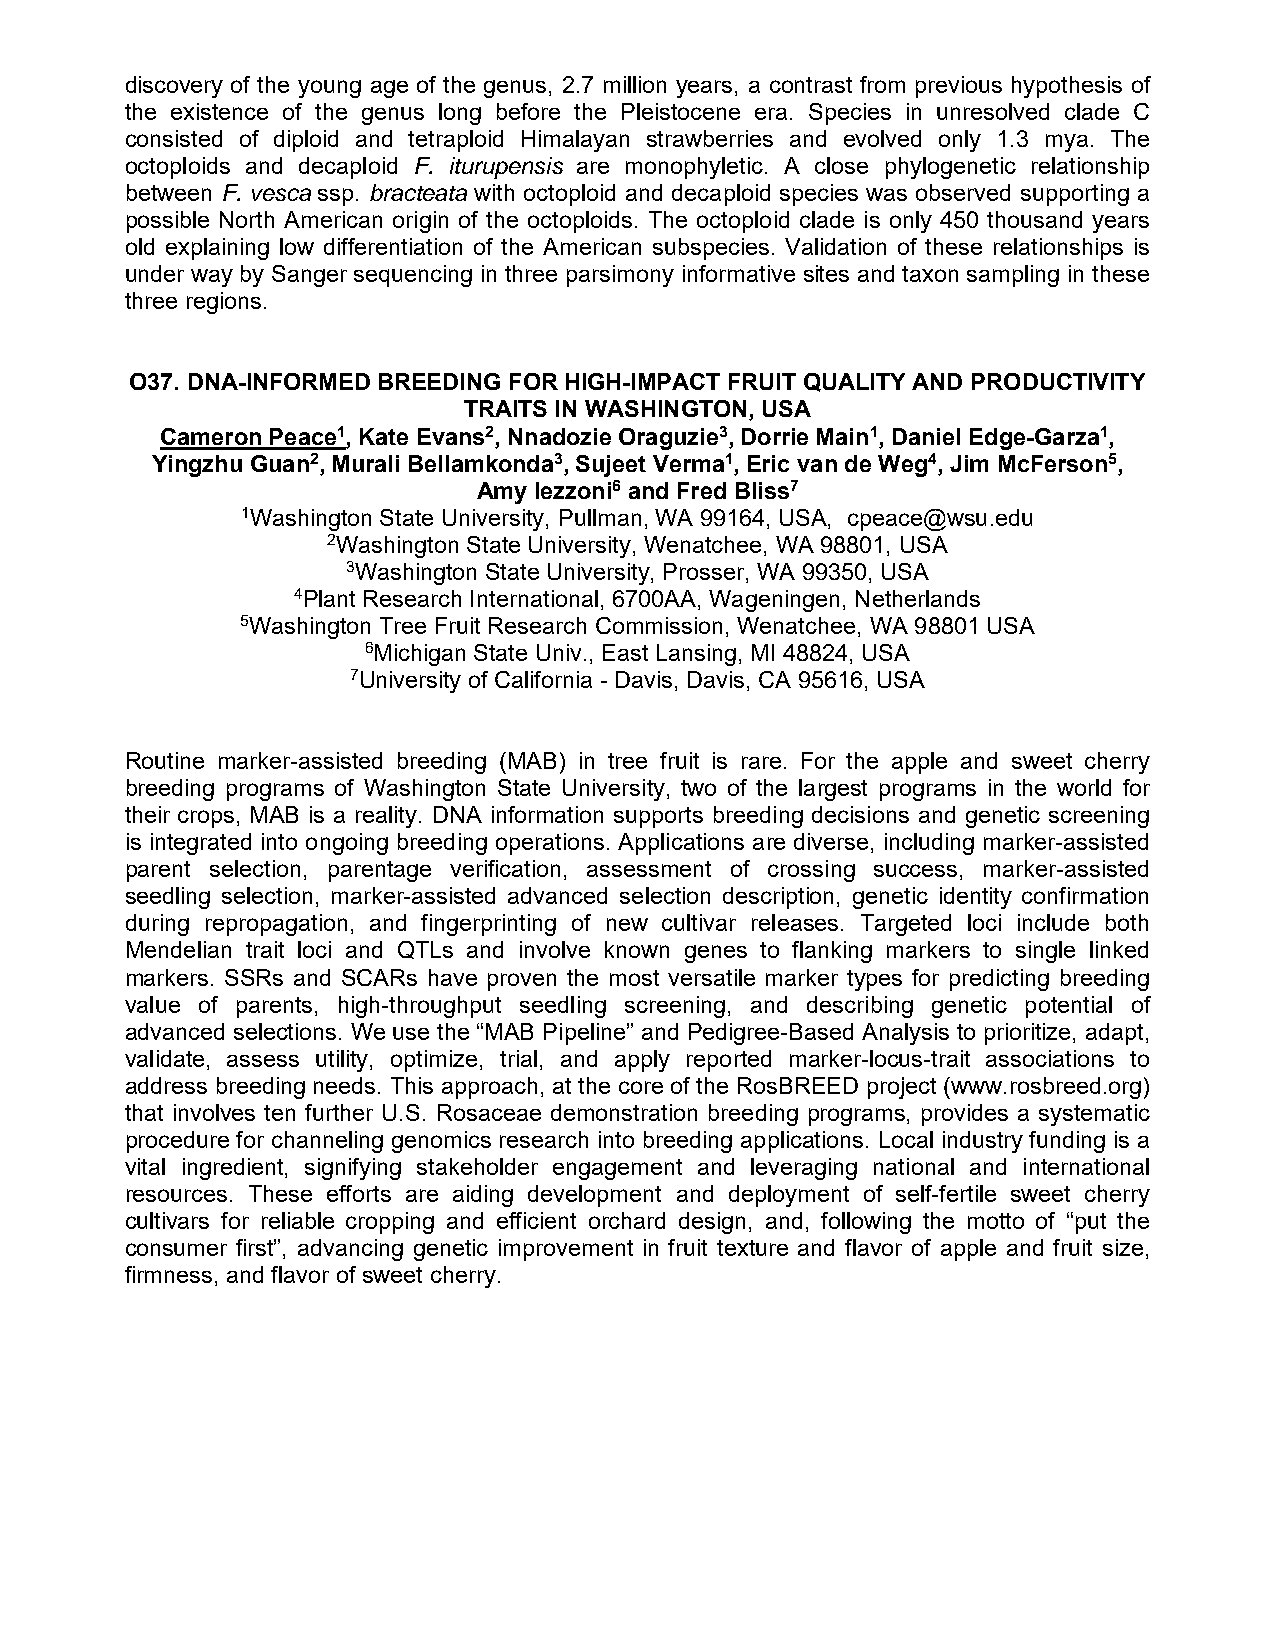
discovery of the young age of the genus, 2.7 million years, a contrast from previous hypothesis of
 the existence of the genus long before the Pleistocene era. Species in unresolved clade C
 consisted of diploid and tetraploid Himalayan strawberries and evolved only 1.3 mya. The
 octoploids and decaploid F. iturupensis are monophyletic. A close phylogenetic relationship
 between F. vesca ssp. bracteata with octoploid and decaploid species was observed supporting a
 possible North American origin of the octoploids. The octoploid clade is only 450 thousand years
 old explaining low differentiation of the American subspecies. Validation of these relationships is
 under way by Sanger sequencing in three parsimony informative sites and taxon sampling in these
 three regions.
 O37. DNA-INFORMED BREEDING FOR HIGH-IMPACT FRUIT QUALITY AND PRODUCTIVITY
 TRAITS IN WASHINGTON, USA
 Cameron Peace1, Kate Evans2, Nnadozie Oraguzie3, Dorrie Main1, Daniel Edge-Garza1,
 Yingzhu Guan2, Murali Bellamkonda3, Sujeet Verma1, Eric van de Weg4, Jim McFerson5,
 Amy Iezzoni6 and Fred Bliss7
 1Washington State University, Pullman, WA 99164, USA, cpeace@wsu.edu
 2Washington State University, Wenatchee, WA 98801, USA
 3Washington State University, Prosser, WA 99350, USA
 4Plant Research International, 6700AA, Wageningen, Netherlands
 5Washington Tree Fruit Research Commission, Wenatchee, WA 98801 USA
 6Michigan State Univ., East Lansing, MI 48824, USA
 7University of California - Davis, Davis, CA 95616, USA
 Routine marker-assisted breeding (MAB) in tree fruit is rare. For the apple and sweet cherry
 breeding programs of Washington State University, two of the largest programs in the world for
 their crops, MAB is a reality. DNA information supports breeding decisions and genetic screening
 is integrated into ongoing breeding operations. Applications are diverse, including marker-assisted
 parent selection, parentage verification, assessment of crossing success, marker-assisted
 seedling selection, marker-assisted advanced selection description, genetic identity confirmation
 during repropagation, and fingerprinting of new cultivar releases. Targeted loci include both
 Mendelian trait loci and QTLs and involve known genes to flanking markers to single linked
 markers. SSRs and SCARs have proven the most versatile marker types for predicting breeding
 value of parents, high-throughput seedling screening, and describing genetic potential of
 advanced selections. We use the “MAB Pipeline” and Pedigree-Based Analysis to prioritize, adapt,
 validate, assess utility, optimize, trial, and apply reported marker-locus-trait associations to
 address breeding needs. This approach, at the core of the RosBREED project (www.rosbreed.org)
 that involves ten further U.S. Rosaceae demonstration breeding programs, provides a systematic
 procedure for channeling genomics research into breeding applications. Local industry funding is a
 vital ingredient, signifying stakeholder engagement and leveraging national and international
 resources. These efforts are aiding development and deployment of self-fertile sweet cherry
 cultivars for reliable cropping and efficient orchard design, and, following the motto of “put the
 consumer first”, advancing genetic improvement in fruit texture and flavor of apple and fruit size,
 firmness, and flavor of sweet cherry.